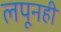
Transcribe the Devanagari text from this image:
लपूनही